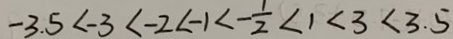
- 3 . 5 < - 3 < - 2 < - 1 < - \frac { 1 } { 2 } < 1 < 3 < 3 . 5